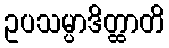
ဥပသမ္ပာဒိတ္ထာတိ